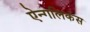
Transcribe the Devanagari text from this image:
ऐन्गलिकंस